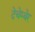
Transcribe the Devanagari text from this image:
देचेम्बेर